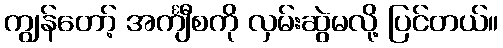
ကျွန်တော့် အင်္ကျီစကို လှမ်းဆွဲမလို့ ပြင်တယ်။